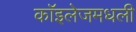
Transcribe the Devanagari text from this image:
कॉइलेजमधली